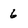
Character: 6